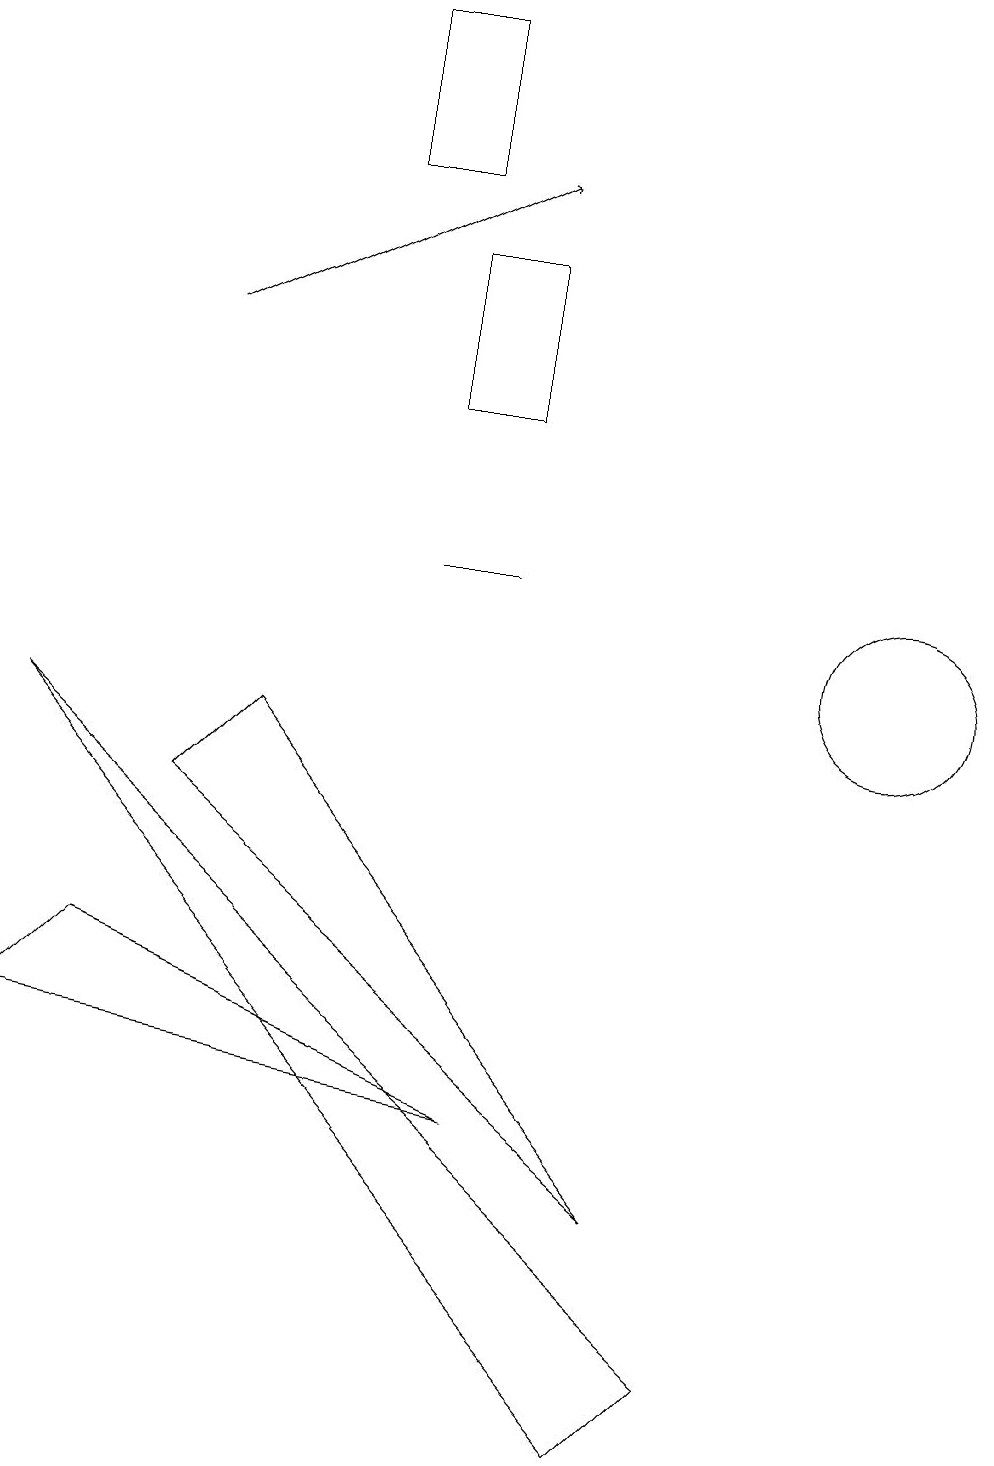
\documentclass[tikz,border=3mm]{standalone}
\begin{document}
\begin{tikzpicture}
\draw (11,10) circle (1);
\draw (6,11) rectangle (5,11);
\draw (5,16) rectangle (4,18);
\draw (6,13) rectangle (5,15);
\draw[->] (2,14) -- (6,16);
\draw (1,6) -- (6,4) -- (0,5) -- cycle;
\draw (9,1) -- (0,9) -- (8,0) -- cycle;
\draw (3,9) -- (8,3) -- (2,8) -- cycle;
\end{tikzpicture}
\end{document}